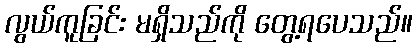
လွယ်ကူခြင်း မရှိသည်ကို တွေ့ရပေသည်။